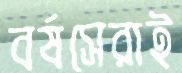
বর্ষসেরাই